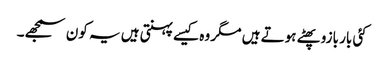
کئی بار بازو پھٹے ہوتے ہیں مگر وہ کیسے پہنتی ہیں یہ کون سمجھے۔